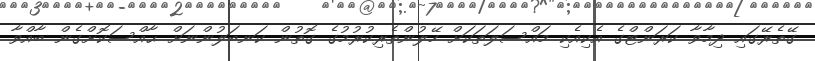
ގޭތެރޭގައި ދިމާވާ ކަރަންޓްގެ އެކިއެކި މައްސަލަތަކަށް ހޭލުންތެރިކުރުމުގެ ގޮތުން ކަނބަލުންނަށް ޙާއްސަކޮށްގެން ބާއްވާ